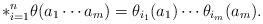
LaTeX: \begin{align*}*_{i=1}^n \theta(a_1\cdots a_m) = \theta_{i_1}(a_1)\cdots \theta_{i_m}(a_m).\end{align*}